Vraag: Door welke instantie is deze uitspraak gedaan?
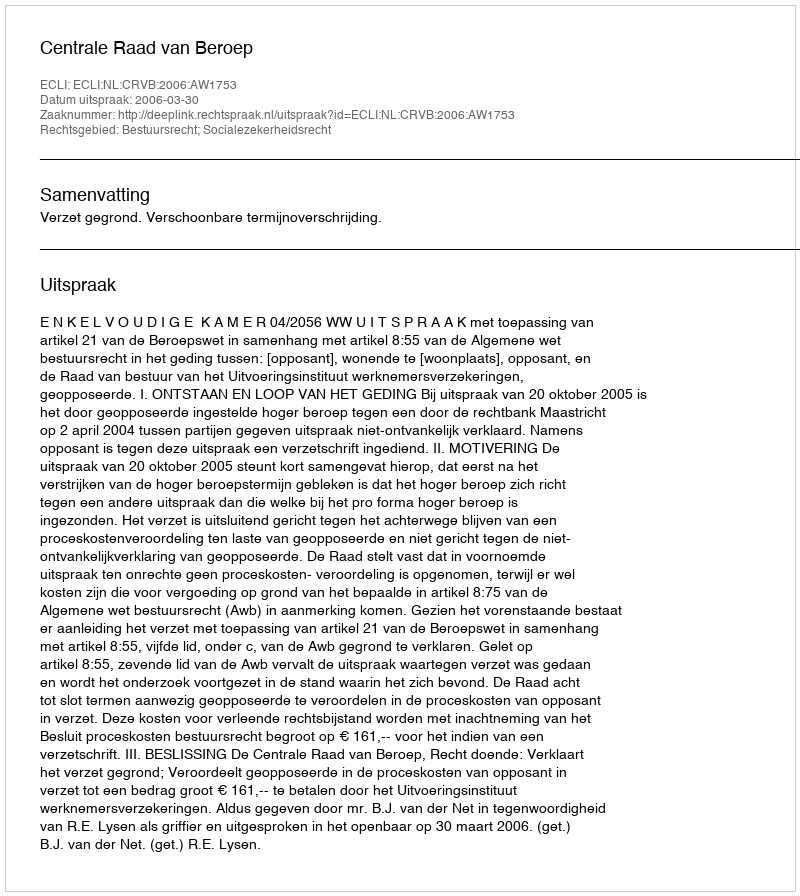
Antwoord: Centrale Raad van Beroep